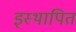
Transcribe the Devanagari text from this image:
इस्थापित